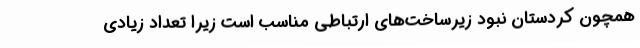
همچون کردستان نبود زیرساخت‌های ارتباطی مناسب است زیرا تعداد زیادی